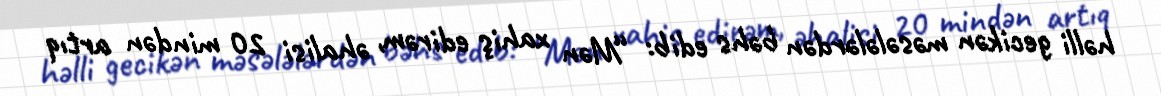
həlli gecikən məsələlərdən bəhs edib: “Mən xahiş edirəm, əhalisi 20 mindən artıq